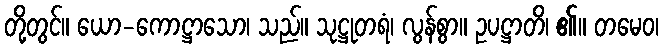
တို့တွင်။ ယော-ကောဋ္ဌာသော၊ သည်။ သုဋ္ဌုတရံ၊ လွန်စွာ။ ဥပဋ္ဌာတိ၊ ၏။ တမေဝ၊